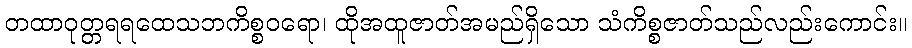
တထာဝုတ္တရရထေသဘကိစ္စဝရော၊ ထိုအထူဇာတ်အမည်ရှိသော သံကိစ္စဇာတ်သည်လည်းကောင်း။